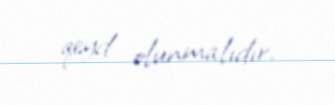
qeyd olunmalıdır.